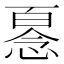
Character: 𢞘